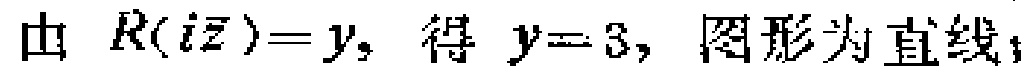
由 \(R(i\bar{z}) = y\)，得 \(y = 3\)，图形为直线；